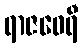
ရာဇဝေရီ